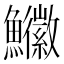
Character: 𩽚